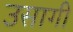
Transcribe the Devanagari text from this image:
उसागी